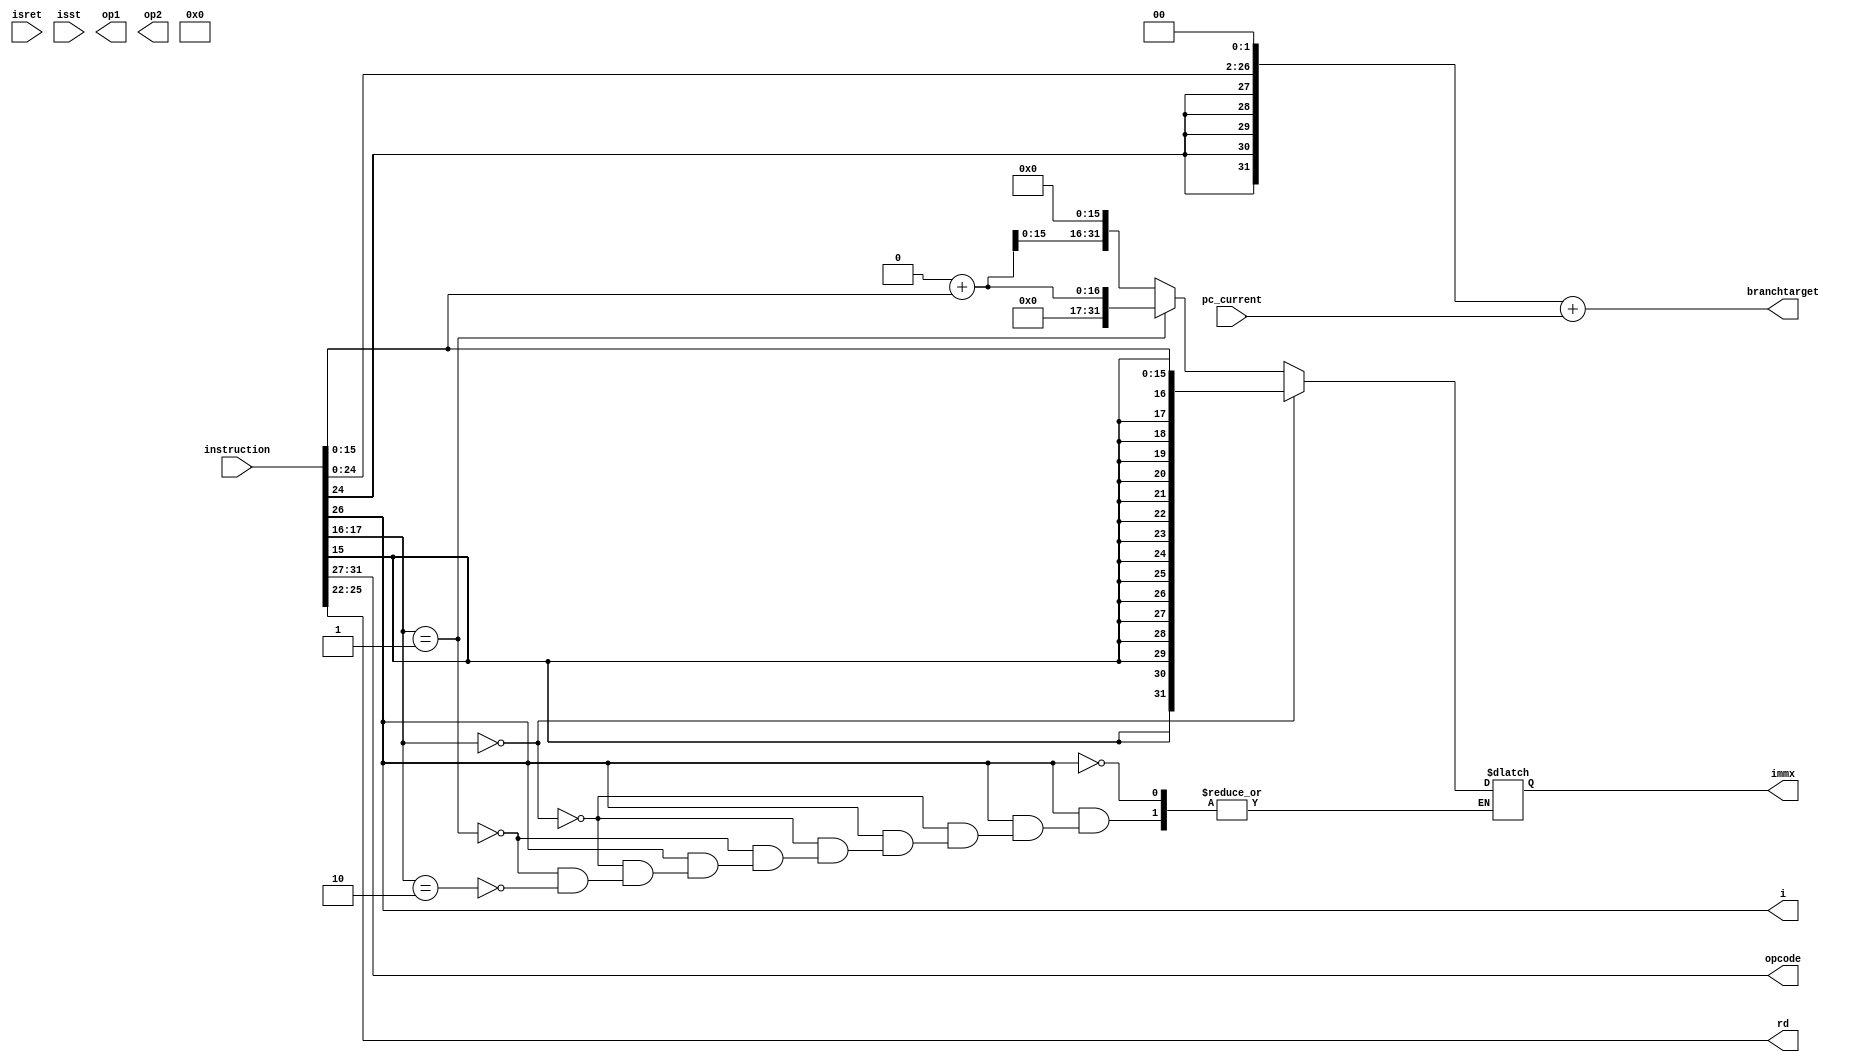
module  operand_fetch(instruction,pc_current,isret,isst,opcode,i,immx,branchtarget, op1,op2,rd);

input [31:0] instruction,pc_current;
input isret,isst;
output [4:0] opcode;
output i;
output [3:0] rd;
output [31:0] immx,branchtarget,op1,op2;

           
wire [31:0] instuction,pc_current;
wire isret,isst;
reg [4:0] opcode;
reg i;
reg [3:0] rd;
reg [31:0] immx,branchtarget,op1,op2;
reg  signed [15:0] imm_temp;
reg signed [26:0] branch_temp;


 
 always @(*)
 
            begin
            branch_temp = instruction[26:0];
            opcode      = instruction[31:27];
            rd          = instruction[25:22];
            i           = instruction[26];
            imm_temp    = instruction[15:0];
            if (i==1)
            begin
            if (instruction[17:16] == 2'b00)
            begin
            immx        = imm_temp;
            end
            else if (instruction[17:16] == 2'b01)      // u      
            begin
            immx        = 32'd0;
            immx        = immx + instruction[15:0];
            end
            else if (instruction[17:16] == 2'b10)     // H
            begin
            immx        = 32'd0;
            immx        = immx + instruction[15:0];
            immx        = immx << 16;
            end
            end
          
           
           branch_temp  = branch_temp << 2;
           branchtarget = branch_temp;
           branchtarget = branchtarget + pc_current;
          
           
           if (isret == 1)
           begin
           p.a1 = 4'b1111;
           end
           else 
           begin
           p.a1 = instruction[21:18];
           end
           if ( isst == 1 )
           begin
           p.a2 = instruction[25:22];
           end
           else
           begin
           p.a2 = instruction[17:14];
           end
           
           op1 = p.d1;
           op2 = p.d2;
           end
           
          endmodule